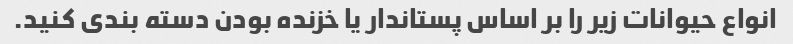
انواع حیوانات زیر را بر اساس پستاندار یا خزنده بودن دسته بندی کنید.